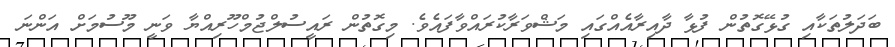
ބަދަލުތަކާއި ގުޅޭގޮތުން ފުޅާ ދާއިރާއެއްގައި މަޝްވަރާކުރައްވާފައެވެ. މިގޮތުން ރައީސުލްޖުމްހޫރިއްޔާ ވަނީ މޫސުމަށް އަންނަ